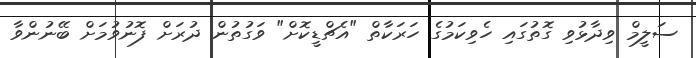
ސަލީމް ވިދާޅުވި ގޮތުގައި ހެވިކަމުގެ ހަރަކާތް "އެޗްޑީކޮށް" ވަގުތުން ދުރަށް ފޮނުވުމަށް ބޭނުންވާ